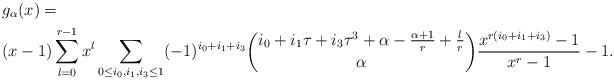
LaTeX: \begin{align*}&g_\alpha(x)=\cr&(x-1)\sum_{l=0}^{r-1}x^l\sum_{0\le i_0,i_1,i_3\le 1}(-1)^{i_0+i_1+i_3}\binom{i_0+i_1\tau+i_3\tau^3+\alpha-\frac{\alpha+1}r+\frac lr}\alpha\frac{x^{r(i_0+i_1+i_3)}-1}{x^r-1}-1.\end{align*}